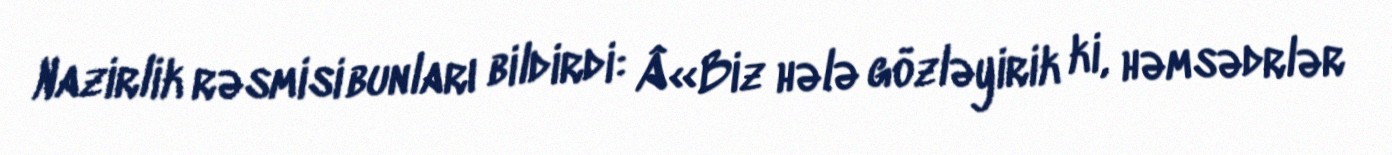
Nazirlik rəsmisi bunları bildirdi: Â«Biz hələ gözləyirik ki, həmsədrlər